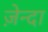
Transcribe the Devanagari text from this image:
ज़ेन्दा